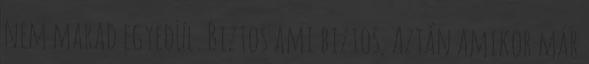
nem marad egyedül. Biztos ami biztos. Aztán amikor már